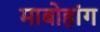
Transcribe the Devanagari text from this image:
माबोहांग